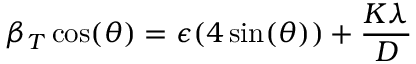
\beta _ { T } \cos ( \theta ) = \epsilon ( 4 \sin ( \theta ) ) + \frac { K \lambda } { D }